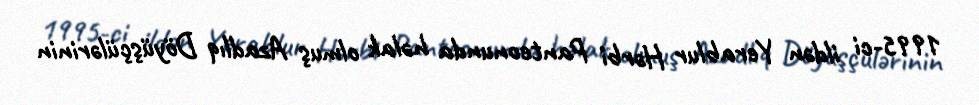
1995-ci ildən Yerablur Hərbi Panteonunda həlak olmuş Azadlıq Döyüşçülərinin